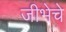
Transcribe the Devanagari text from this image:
जीभेचे